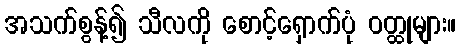
အသက်စွန့်၍ သီလကို စောင့်ရှောက်ပုံ ဝတ္ထုများ။